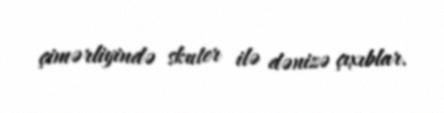
çimərliyində skuter ilə dənizə çıxıblar.